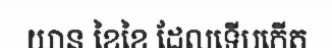
យាន ខៃខៃ ដែលទើបកើត